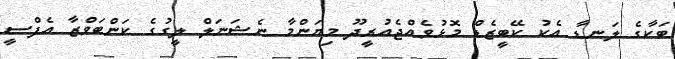
ބަކާގެ ލަނޑާ އެކު ކޭބީޒެޑް މޮޅުވެއްޖެއުރީދޫ މިޔަންމާ ނެޝަނަލް ލީގުގެ ކަންބަވްޒާ އެފްސީ